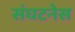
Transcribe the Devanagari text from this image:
संघटनेस